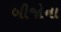
બીજોના